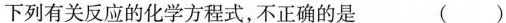
下列有关反应的化学方程式，不正确的是 ()